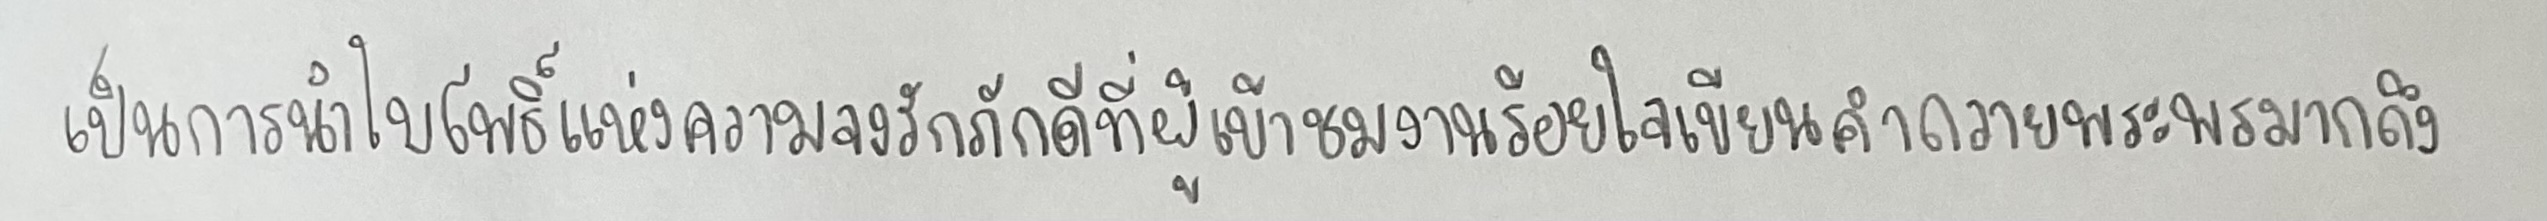
เป็นการนำใบโพธิ์แห่งความจงรักภักดีที่ผู้เข้าชมงานร้อยใจเขียนคำถวายพระพรมากถึง